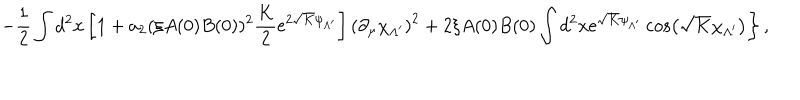
LaTeX: \left. - \frac 1 2 \int d ^ { 2 } x \left[ 1 + a _ { 2 } ( \xi A ( 0 ) B ( 0 ) ) ^ { 2 } \frac { K } { 2 } \mathrm { e } ^ { 2 \sqrt { K } \psi _ { \Lambda ^ { \prime } } } \right] \left( \partial _ { \mu } \chi _ { \Lambda ^ { \prime } } \right) ^ { 2 } + 2 \xi A ( 0 ) B ( 0 ) \int d ^ { 2 } x \mathrm { e } ^ { \sqrt { K } \psi _ { \Lambda ^ { \prime } } } \cos \left( \sqrt { K } \chi _ { \Lambda ^ { \prime } } \right) \right\} ,